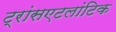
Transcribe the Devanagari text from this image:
ट्रांसएटलांटिक